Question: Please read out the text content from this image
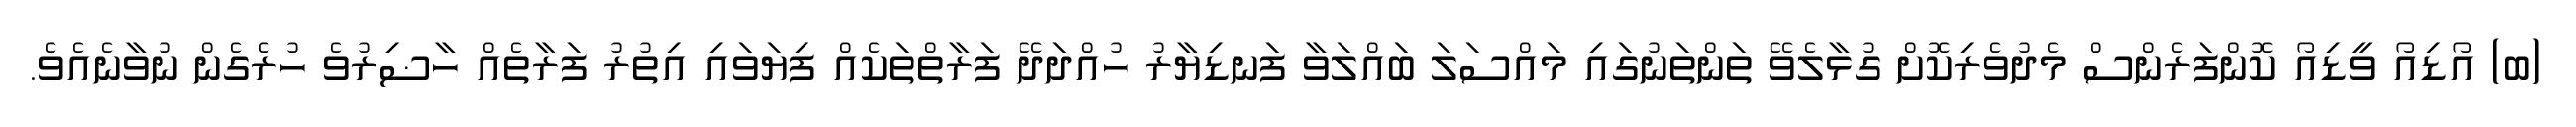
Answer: (ބ) އޯޑިއޯ ވީޑިއޯ ކޮންފަރެންސް މެދުވެރިކޮށް ގުޅާލެވޭ ތަންތަނުގައި މައްސަލަ ބައްލަވާ ފަނޑިޔާރު ހުއްދަދޭ ފަރާތްތަކެއް ފިޔަވައި އިތުރު ފަރާތެއް ހާޟިރުވެ ހުރެގެން ނުވާނެއެވެ.